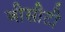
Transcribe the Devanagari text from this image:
बीसीटी